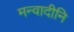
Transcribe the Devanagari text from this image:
मन्वादीनि